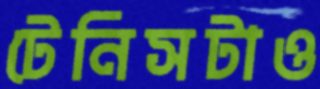
টেনিসটাও